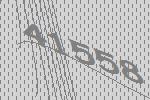
41558